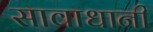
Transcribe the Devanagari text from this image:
सावाधानी